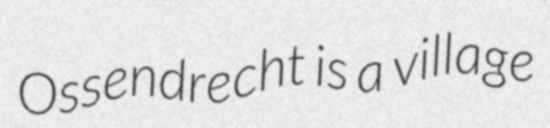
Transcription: Ossendrecht is a village